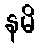
နမိ